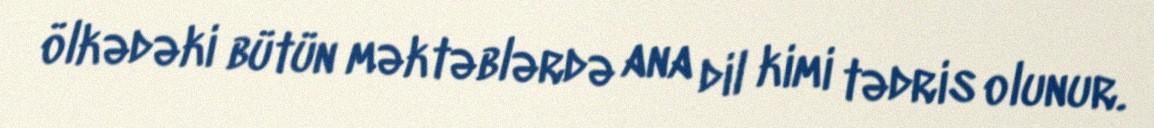
ölkədəki bütün məktəblərdə ana dil kimi tədris olunur.